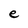
Character: e